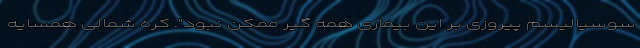
سوسیالیسم پیروزی بر این بیماری همه گیر ممکن نبود". کره شمالی همسایه